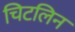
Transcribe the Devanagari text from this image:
चिटलिन